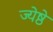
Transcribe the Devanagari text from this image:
ज्येष्ठे